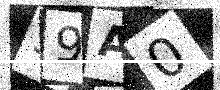
Text: 59A0